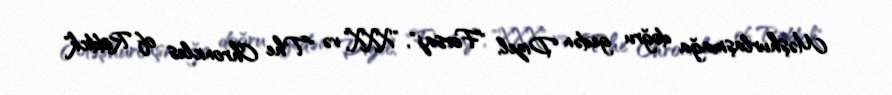
Məşhurlaşmağa doğru gedən Dizel, "Forsaj", "XXX" və "The Chronicles of Riddick"